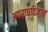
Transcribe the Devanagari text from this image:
अपराधविज्ञान